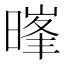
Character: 𮲧